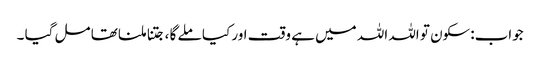
جواب:سکون تو اللہ اللہ میں ہے وقت اور کیا ملے گا ،جتنا ملنا تھا مل گیا ۔